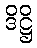
ဒိဋ္ဌိ